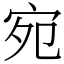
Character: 宛